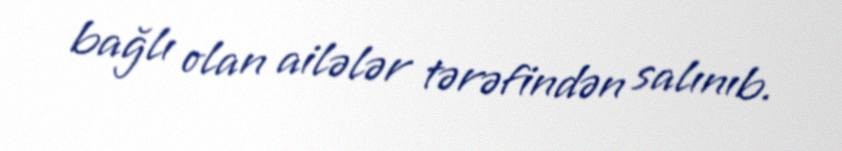
bağlı olan ailələr tərəfindən salınıb.